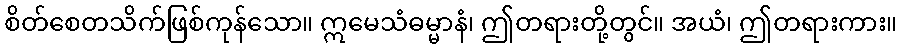
စိတ်စေတသိက်ဖြစ်ကုန်သော။ ဣမေသံဓမ္မာနံ၊ ဤတရားတို့တွင်။ အယံ၊ ဤတရားကား။